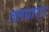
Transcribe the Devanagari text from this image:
जलधारा।